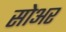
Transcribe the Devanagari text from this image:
सोअर